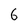
Character: 6